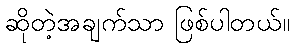
ဆိုတဲ့အချက်သာ ဖြစ်ပါတယ်။